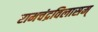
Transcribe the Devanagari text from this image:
रामचंद्रविलासम्